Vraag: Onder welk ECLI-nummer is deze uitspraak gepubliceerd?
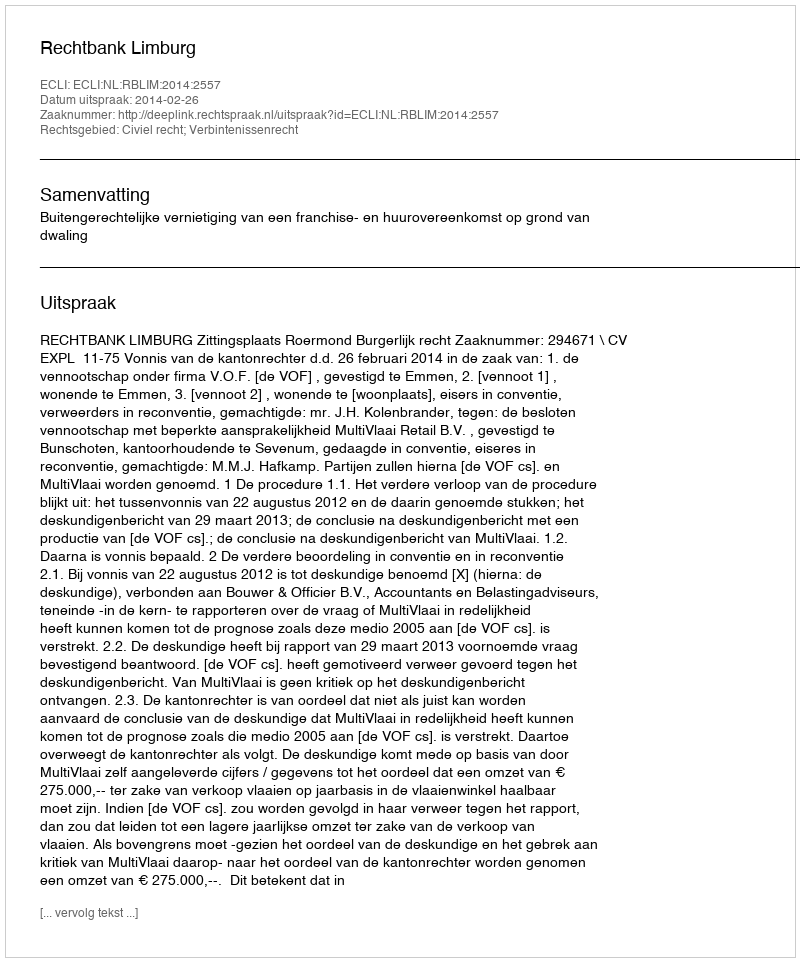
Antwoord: ECLI:NL:RBLIM:2014:2557